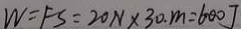
W = F S = 2 0 N \times 3 0 . m = 6 0 0 J